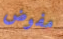
مفوض